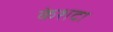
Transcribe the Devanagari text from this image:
केशदा